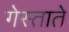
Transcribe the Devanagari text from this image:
गेस्ताते